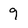
Character: 9